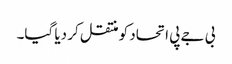
بی جے پی اتحاد کو منتقل کر دیا گیا۔